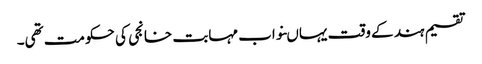
تقسیم ہند کے وقت یہاںنواب مہابت خانجی کی حکومت تھی۔